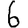
Digit: 6